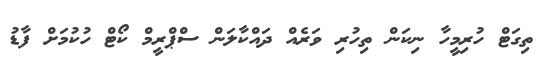
ތިގަޓް ހުރިމީހާ ނިކަން ތިހުރި ވަރެއް ދައްކާލަން ސްޕްރީމް ކޯޓް ހުކުމަށް ފާޑު